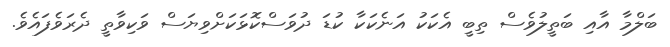
ބަލްމާ އާއި ބަތީލުވެސް ތިބީ އެކަކު އަނެކަކާ ކުޑަ ދުވަސްކޮޅަކަށްވިޔަސް ވަކިވާތީ ދެރަވެފައެވެ.